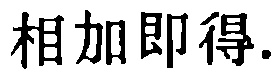
相加即得.